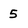
Character: 5